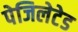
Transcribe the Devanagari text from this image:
पेजिलेटेड